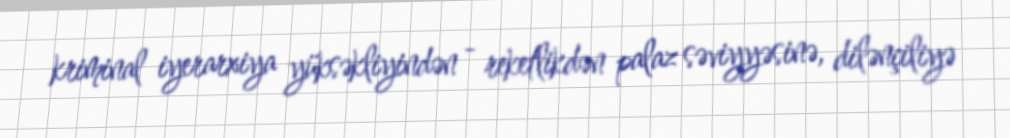
kriminal iyerarxiya yüksəkliyindən - reketlikdən palaz səviyyəsinə, dilənçiliyə